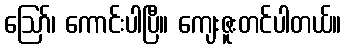
ဪ၊ ကောင်းပါပြီ။ ကျေးဇူးတင်ပါတယ်။